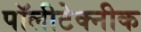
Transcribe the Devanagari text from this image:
पॉलीटेक्नीक